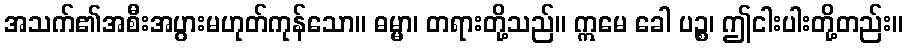
အသက်၏အစီးအပွားမဟုတ်ကုန်သော။ ဓမ္မာ၊ တရားတို့သည်။ ဣမေ ခေါ ပဉ္စ၊ ဤငါးပါးတို့တည်း။